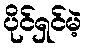
ပိုင်ရှင်မဲ့